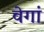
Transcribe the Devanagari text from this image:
वेगां